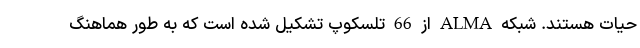
حیات هستند. شبکه ALMA از 66 تلسکوپ تشکیل شده است که به طور هماهنگ